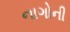
નાગોની